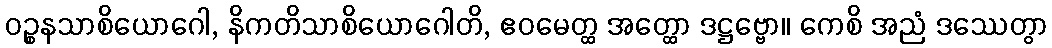
ဝဉ္စနသာစိယောဂေါ, နိကတိသာစိယောဂေါတိ, ဧဝမေတ္ထ အတ္ထော ဒဋ္ဌဗ္ဗော။ ကေစိ အညံ ဒဿေတွာ